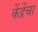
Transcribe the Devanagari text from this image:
केंद्रेंचा